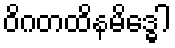
ဝိဂတထိနမိဒ္ဓေါ